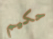
حكيم